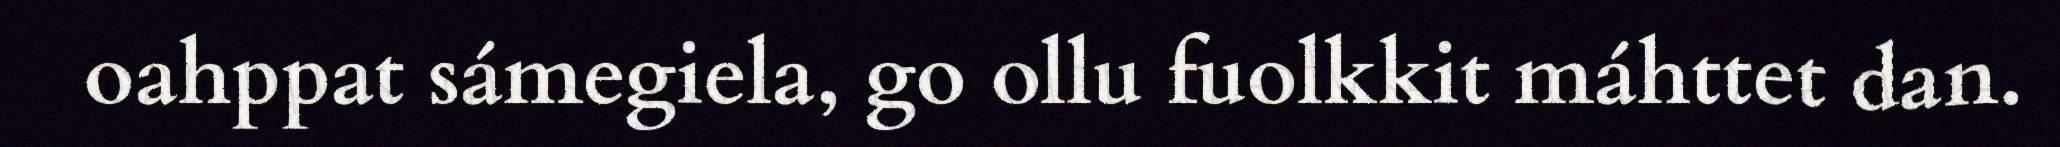
oahppat sámegiela, go ollu fuolkkit máhttet dan.